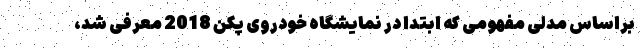
براساس مدلی مفهومی که ابتدا در نمایشگاه خودروی پکن 2018 معرفی شد،